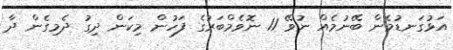
އަޅުގަނޑުމެން ބޭނުމެއް ނުވޭ 11 ނޮވެމްބަރުގެ ފަހުން މިކަން ދިގު ދެމިގެން ދާ